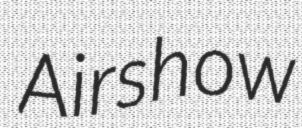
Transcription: Airshow